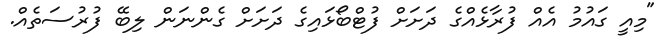
"މިއީ ގައުމު އެއް ފުރާޅެއްގެ ދަށަށް ފުޓްބޯޅައިގެ ދަށަށް ގެންނަން ލިބޭ ފުރުސަތެއް.